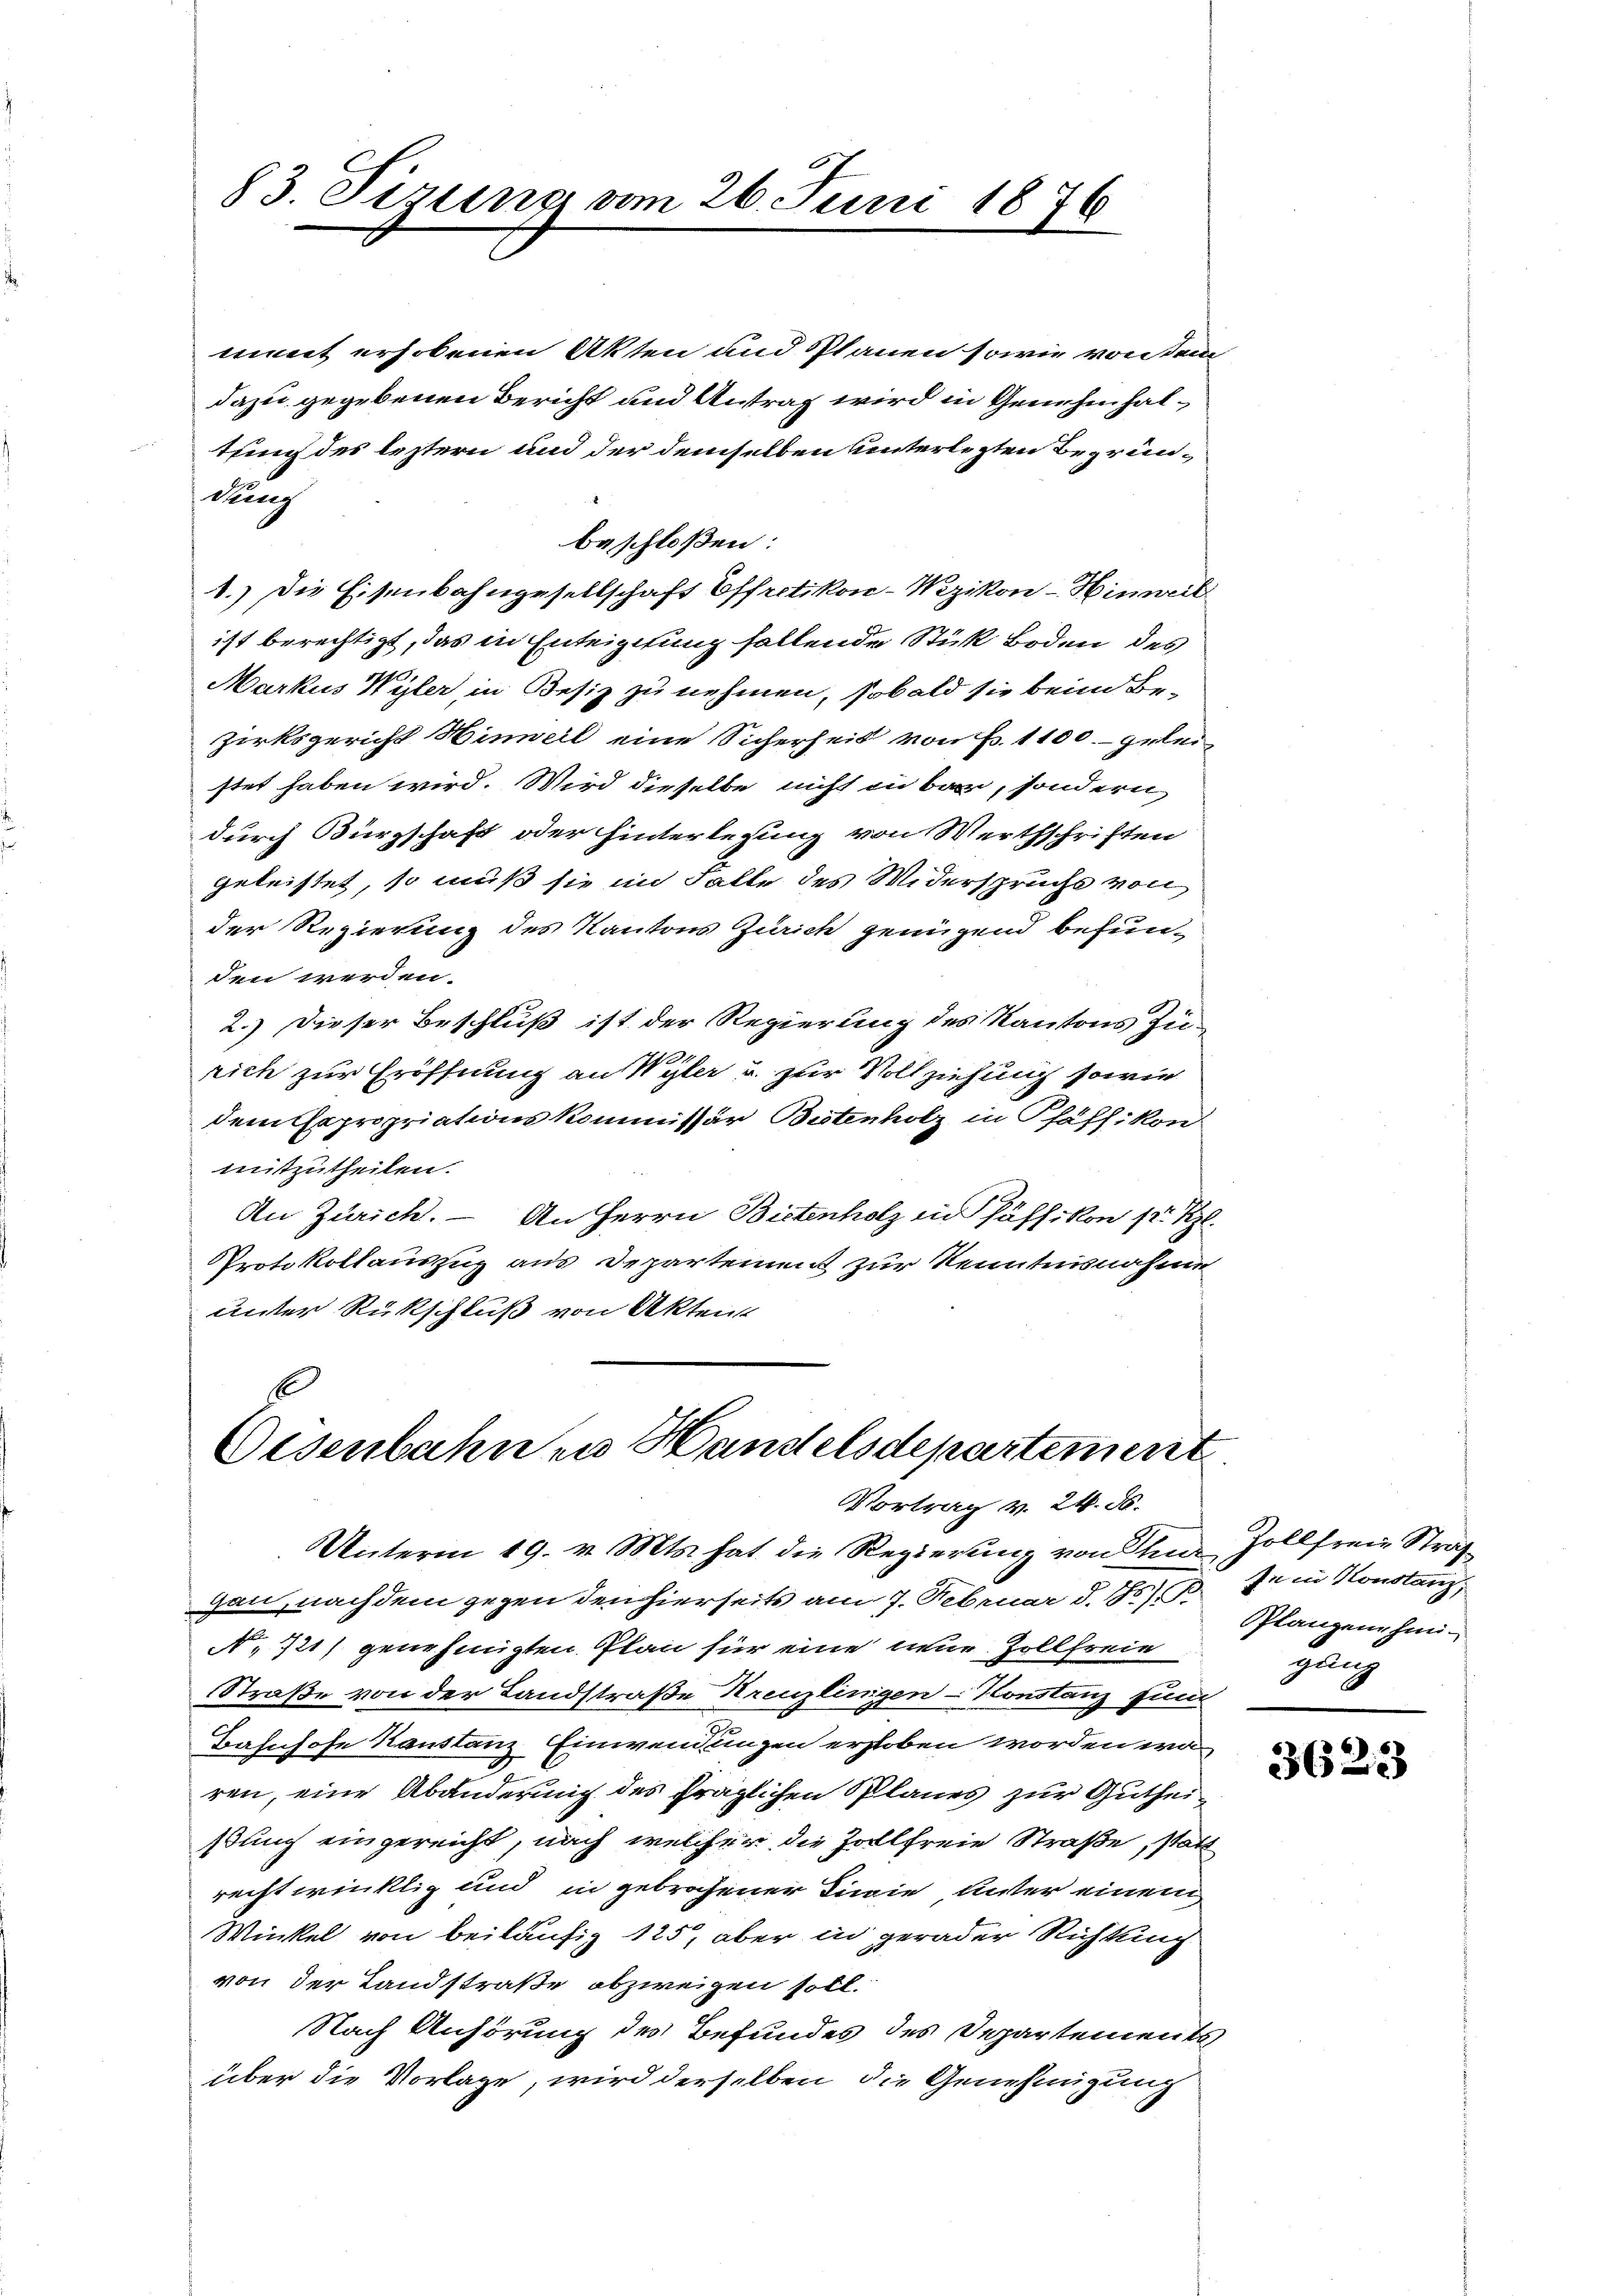
83. Firung vom 26. Juni 1876

mint erhobenen Akten und Planen sowie von dem
dazu gegebenen Bericht und Antrag wird in Genehmhaltuung des leztern und der demselben unterletzten Begründung
beschloßen:
1.) Die Eisenbahngesellschaft Effretikon-Wezikon–Hinweil
ist berechtigt, das in Enteigung fallende Stük Boden des
Markus Wyler, in Besiz zu nehmen, sobald sie beim Be-
zirksgericht Hinweil eine Sicherheit von Fr. 1100.- gelei-
stet haben wird. Wird dieselbe nicht in bar, sondern
durch Bürgschaft oder hinterlegung von Werthschriften
geleistet, so muß sie im Falle des Widerspruchs von
der Regierung des Kantons Zürich genügend befunden werden.
2.) Dieser Beschluß ist der Regierung des Kantons Zürich zur Eröffnung an Wyler u. zur Vollziehung sowie
dem Expropriationskommissär Bistenholz in Pfäffikon
mitzutheilen.
An Zürich. – An Herrn Bietenholz in Päffikon fr. Kgl.
Protokollauszug aus Departement zur Kenntnisnahme
unter Rückschluß von Aktens

E
Oesenbahnen Handelsdepartement
Vortrag v. 24. ds.

Unterm 19. v. Mts. hat die Regierung von den Zollfreie Straf
gan, nachdem gegen den hierseits am 7. Februar d. J. Planzenhei
N. 721) genehmigten Plan für eine nur Zollfreie
Straße von der Landstraße Kreuzlinigen-Konstanz find
Bahnhofe Kanstanz Einwendungen erstoben worden wären, eine Abänderung des fraglichen Planes zur Gutheißung eingereicht, nach welcher die Zollfreie Straße, statt
rechtwinklig und in gebrochener Tiwie unter einem
Winkel von beiläufig 125, aber in gerader Richtung
von der Landstraße abzweigen soll.
Nach Anhörung des Befundes des Departements
über die Vorlage, wird derselben die Genehmigung

In in Konstanz,
gung

3623